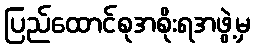
ပြည်ထောင်စုအစိုးရအဖွဲ့မှ